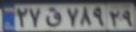
۲۷ق۷۸۹۲۹